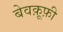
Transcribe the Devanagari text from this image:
बेवक़ूफ़ी